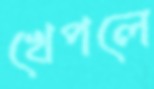
খেপলে